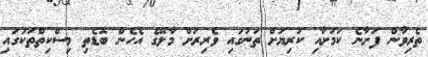
ތެރިވާން ފަށާނެ ކަމަށާއި ކުރިޔަށް ތަނުގައި ވެރިރަށް މާލޭގެ އެހެން ބޮޑެތި މިސްކިތްތަކުގައި